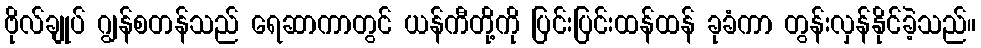
ဗိုလ်ချုပ် ဂျွန်စတန်သည် ရေဆာကာတွင် ယန်ကီတို့ကို ပြင်းပြင်းထန်ထန် ခုခံကာ တွန်းလှန်နိုင်ခဲ့သည်။